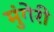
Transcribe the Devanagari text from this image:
मुंगेरी